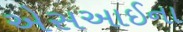
એસઆઈના